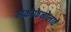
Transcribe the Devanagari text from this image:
म्य्कोफेनोलाते